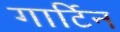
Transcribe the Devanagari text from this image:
गार्टिन